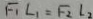
F _ { 1 } L _ { 1 } = F _ { 2 } L _ { 2 }